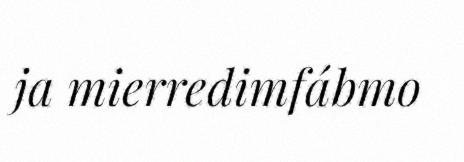
ja mierredimfábmo